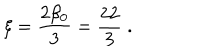
\xi = \frac { 2 \beta _ { 0 } } { 3 } = \frac { 2 2 } { 3 } \; .